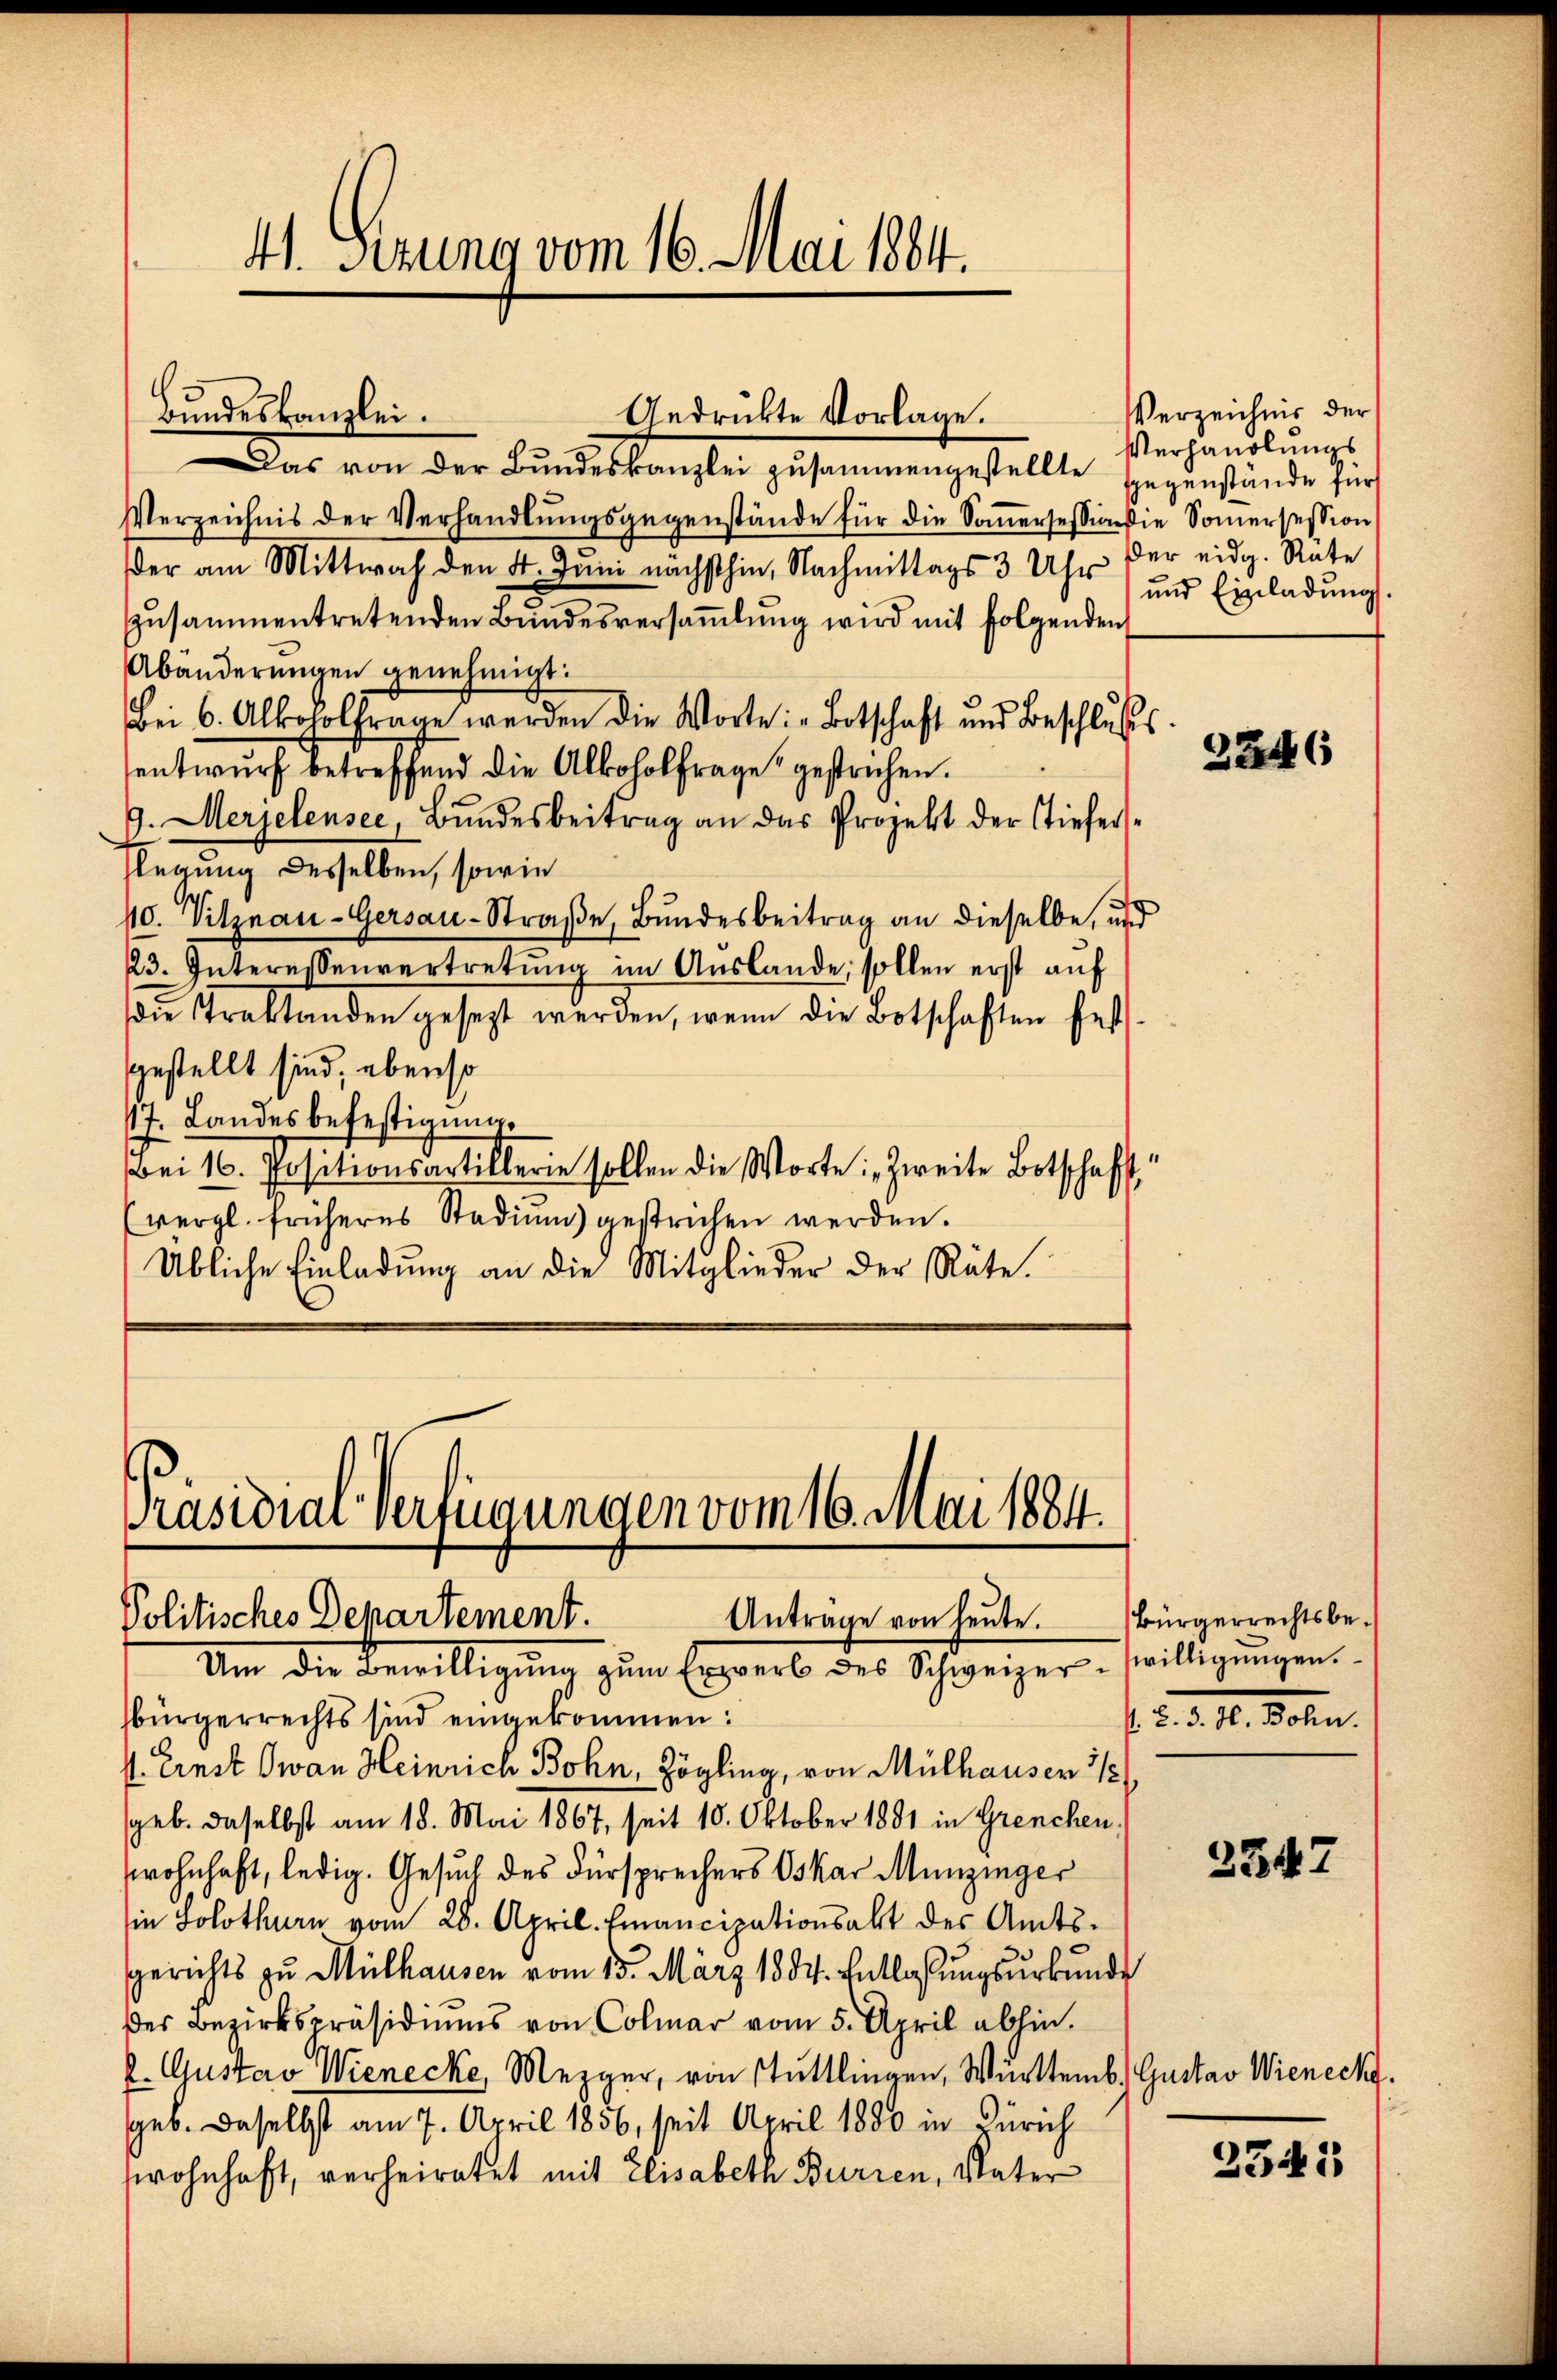
41. Sizung vom 16. Mai 1884.

Das von der Bŭndeskanzlei zusammengestellte gegenstande für
Verzeichnis der Verhandlŭngsgegenstände für die Soṁersessionie Somersession
der am Mittwoch den 4. Juni nächsthin, Nachmittags 3 Uhr der eidg. Räte
zusammentretenden Bundesversaṁlŭng wird mit folgenden
Abänderungen genehmigt.
Bei 6. Albololfrage werden die Worte: „Botschaft und Beschlŭsses
entwŭrf betreffend die Alkoholfrage gestrechen.
G. Merjelensee, Bŭndesbeitrag an das Projekt der Tiefer-
Flegung desselben, sowie
10. Vitznau-Gersau-Straβe, Bŭndesbeitrag an dieselbe, und
23. Interessenvertretŭng im Auslande, sollen erst aŭf
die Traktanden gesezt werden, wenn die Botschaften fest-
gestellt sind, ebenso
17. Landesbefestigung
Bei 16. Positionsartillerie sollen die Worte: Zweite Botschafft,
(vergl. früheres Stadiŭm gestrichen werden.
Übliche Einladung an die Mitglieder der Räte.

Bundeskanzlei.

Gedrükte Vorlage.

Präsidiar Verfügungen vom 16. Mai 1884.
Politisches Departement.
Anträge von heŭte. Bürgerrechtsbe-

Verzeichnis der
Verhandlungs
und Einladung.

Um die Bewilligung zum Erwerb des Schweizer, willigungen
sbürgerrechts sind eingekommen:
s. Ernst wan Heinrich Bohn, Zögling, von Mülhausen 1/5/
sgeb. daselbst am 18. Mai 1867, seit 10. Oktober 1891 in Grenchen,
wohnhaft, ledig. Gesuch des Fürsprechers Oskar Munzinger
in Solothurn vom 28. April. Emancipationsakt des Amts-
Gerichts zu Mülhausen vom 15. März 1834. Entlaßungsurkunde
des Bezirkspräsidiums von Colmar vom 5. April abhin.
k. Gustav Wienecke, Mezger, von Stuttlingen, Württemb. Gustav Wieneck.
geb. Daselbst am 7. April 1856, seit April 1880 in Zürich
wohnhaft, verheiratet mit Elisabeth Burien, Vater

2246

I. §. 3. H. Bohn.

2347

2341